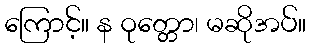
ကြောင့်။ န ဝုတ္တော၊ မဆိုအပ်။